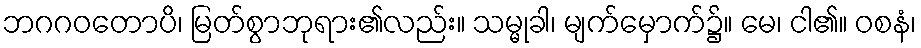
ဘဂဂဝတောပိ၊ မြတ်စွာဘုရား၏လည်း။ သမ္မုခါ၊ မျက်မှောက်၌။ မေ၊ ငါ၏။ ဝစနံ၊